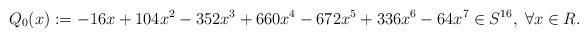
LaTeX: \begin{align*}Q_0(x):=-16x+104x^2-352x^3+660x^4-672x^5+336x^6-64x^7\in S^{16}, \;\forall x\in R.\end{align*}